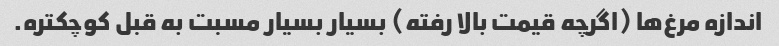
اندازه مرغ‌ها (اگرچه قیمت بالا رفته) بسیار بسیار مسبت به قبل کوچکتره.